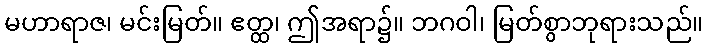
မဟာရာဇ၊ မင်းမြတ်။ ဧတ္ထ၊ ဤအရာ၌။ ဘဂဝါ၊ မြတ်စွာဘုရားသည်။